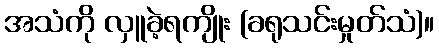
အသံကို လှူခဲ့ရကျိုး (ခရုသင်းမှုတ်သံ)။